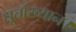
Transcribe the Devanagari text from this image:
धूर्ताख्यान।